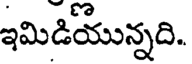
ఇమిడియున్నది.